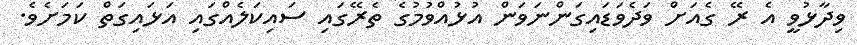
ވިދާޅުވީ އެ ރޭ ގެއަށް ވަދެވަޑައިގަންނަވަން އުޅުއްވުމުގެ ތެރޭގައި ސައިކަލެއްގައި އަޅައިގަތް ކަމަށެވެ.